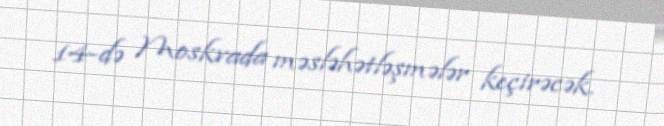
14-də Moskvada məsləhətləşmələr keçirəcək.